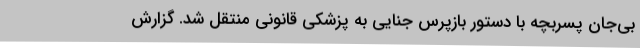
بی‌جان پسربچه با دستور بازپرس جنایی به پزشکی قانونی منتقل شد. گزارش